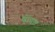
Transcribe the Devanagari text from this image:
ब्रोदस